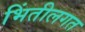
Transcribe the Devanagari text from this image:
भिंतीलगत